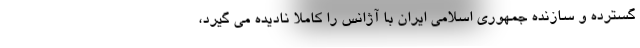
گسترده و سازنده جمهوری اسلامی ایران با آژانس را کاملا نادیده می گیرد،